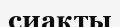
сиақты